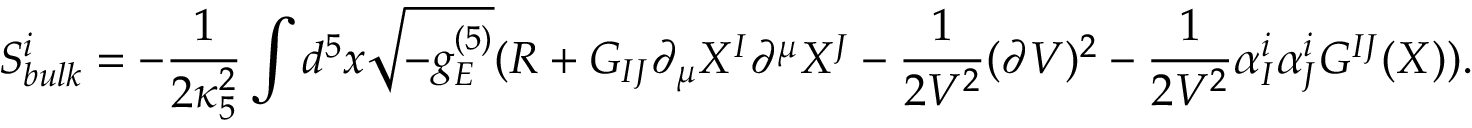
S _ { b u l k } ^ { i } = - \frac { 1 } { 2 \kappa _ { 5 } ^ { 2 } } \int d ^ { 5 } x \sqrt { - g _ { E } ^ { ( 5 ) } } ( R + G _ { I J } \partial _ { \mu } X ^ { I } \partial ^ { \mu } X ^ { J } - \frac { 1 } { 2 { \cal V } ^ { 2 } } ( \partial { \cal V } ) ^ { 2 } - \frac { 1 } { 2 { \cal V } ^ { 2 } } \alpha _ { I } ^ { i } \alpha _ { J } ^ { i } G ^ { I J } ( X ) ) .